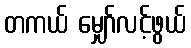
တကယ် မျှော်လင့်ဖွယ်